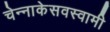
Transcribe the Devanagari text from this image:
चेन्‍नाकेसवस्‍वामी